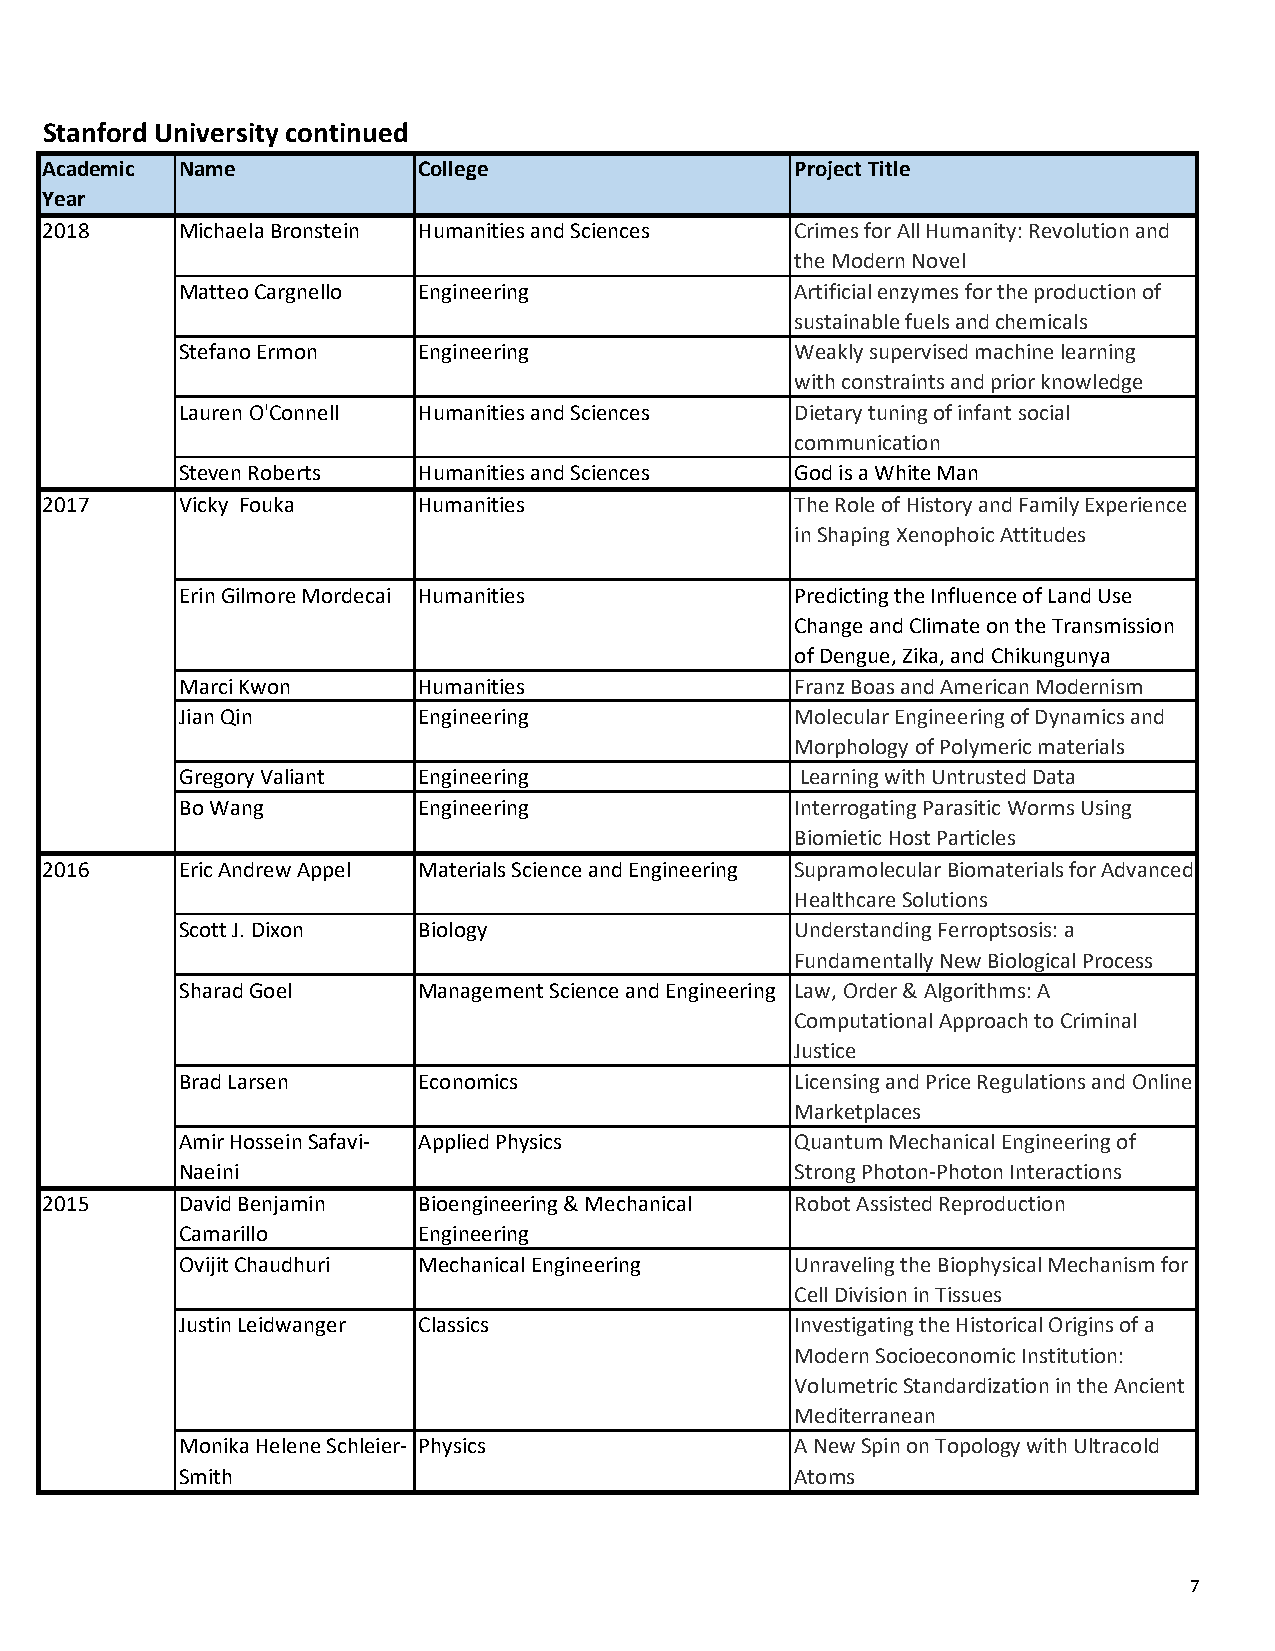
Stanford University continued
 Academic Name            College                  Project Title
 Year
 2018     Michaela Bronstein Humanities and Sciences Crimes for All Humanity: Revolution and
 the Modern Novel
 Matteo Cargnello Engineering             Artificial enzymes for the production of
 sustainable fuels and chemicals
 Stefano Ermon   Engineering              Weakly supervised machine learning
 with constraints and prior knowledge
 Lauren O'Connell Humanities and Sciences Dietary tuning of infant social
 communication
 Steven Roberts  Humanities and Sciences  God is a White Man
 2017     Vicky Fouka     Humanities               The Role of History and Family Experience
 in Shaping Xenophoic Attitudes
 Erin Gilmore Mordecai Humanities         Predicting the Influence of Land Use
 Change and Climate on the Transmission
 of Dengue, Zika, and Chikungunya
 Marci Kwon      Humanities               Franz Boas and American Modernism
 Jian Qin        Engineering              Molecular Engineering of Dynamics and
 Morphology of Polymeric materials
 Gregory Valiant Engineering              Learning with Untrusted Data
 Bo Wang         Engineering              Interrogating Parasitic Worms Using
 Biomietic Host Particles
 2016     Eric Andrew Appel Materials Science and Engineering Supramolecular Biomaterials for Advanced
 Healthcare Solutions
 Scott J. Dixon  Biology                  Understanding Ferroptsosis: a
 Fundamentally New Biological Process
 Sharad Goel     Management Science and Engineering Law, Order & Algorithms: A
 Computational Approach to Criminal
 Justice
 Brad Larsen     Economics                Licensing and Price Regulations and Online
 Marketplaces
 Amir Hossein Safavi- Applied Physics     Quantum Mechanical Engineering of
 Naeini                                   Strong Photon-Photon Interactions
 2015     David Benjamin  Bioengineering & Mechanical Robot Assisted Reproduction
 Camarillo       Engineering
 Ovijit Chaudhuri Mechanical Engineering  Unraveling the Biophysical Mechanism for
 Cell Division in Tissues
 Justin Leidwanger Classics               Investigating the Historical Origins of a
 Modern Socioeconomic Institution:
 Volumetric Standardization in the Ancient
 Mediterranean
 Monika Helene Schleier- Physics          A New Spin on Topology with Ultracold
 Smith                                    Atoms
 7